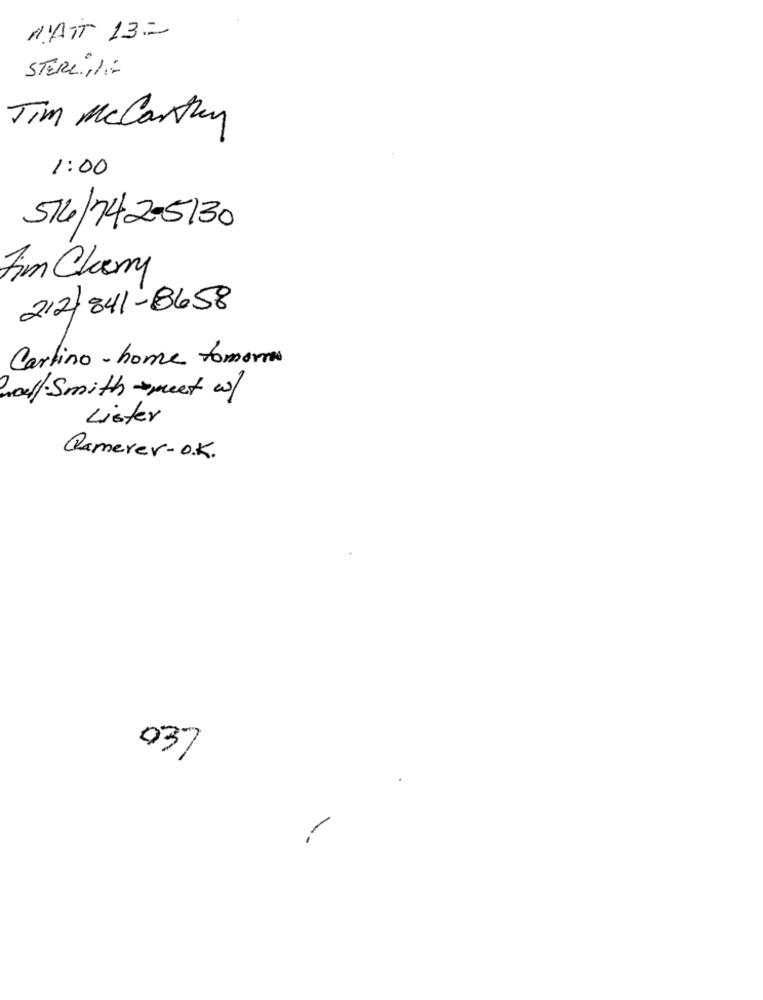
MATT 13=
STERL. 11:
Tim Mccarthy
1:00
514/742-5130
Fim Cherry
212 841-8658
Carlino - home tomorros
well-Smith - meet w/
Lister
Camerer-O.K.
037